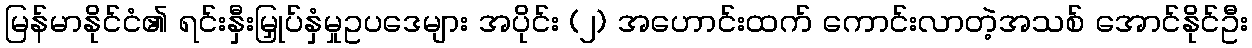
မြန်မာနိုင်ငံ၏ ရင်းနှီးမြှုပ်နှံမှုဥပဒေများ အပိုင်း (၂) အဟောင်းထက် ကောင်းလာတဲ့အသစ် အောင်နိုင်ဦး